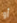
أو